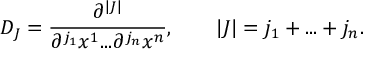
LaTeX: D _ { J } = { \frac { \partial ^ { | J | } } { \partial ^ { j _ { 1 } } x ^ { 1 } . . . { \partial ^ { j _ { n } } x ^ { n } } } } , \qquad | J | = j _ { 1 } + . . . + j _ { n } .